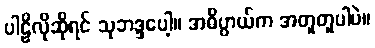
ပါဠိလိုဆိုရင် သုဘဒ္ဒပေါ့။ အဓိပ္ပာယ်က အတူတူပါပဲ။